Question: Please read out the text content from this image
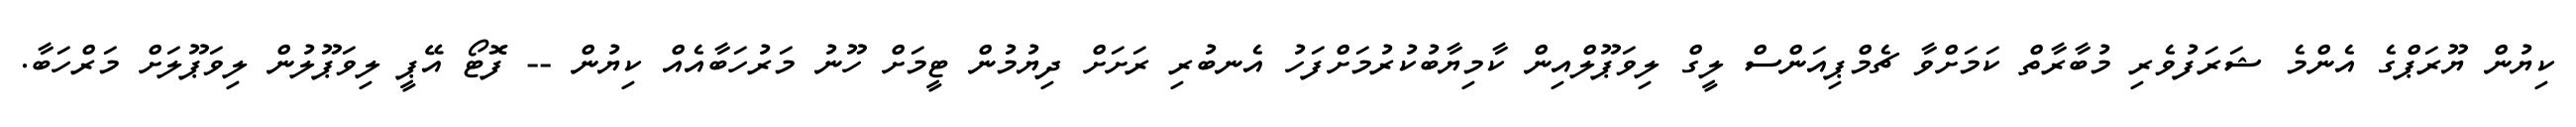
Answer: ކިޔުން ޔޫރަޕްގެ އެންމެ ޝަރަފުވެރި މުބާރާތް ކަމަށްވާ ޗެމްޕިއަންސް ލީގް ލިވަޕޫލްއިން ކާމިޔާބުކުރުމަށްފަހު އެނބުރި ރަށަށް ދިޔުމުން ޓީމަށް ހޫނު މަރުހަބާއެއް ކިޔުން -- ފޮޓޯ އޭޕީ ލިވަޕޫލުން ލިވަޕޫލަށް މަރްހަބާ.